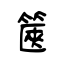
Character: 篋